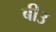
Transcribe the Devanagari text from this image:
बीउ